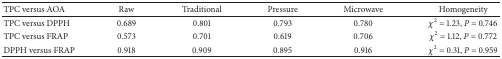
<table><thead><tr><td><b>TPC versus AOA</b></td><td><b>Raw</b></td><td><b>Traditional</b></td><td><b>Pressure</b></td><td><b>Microwave</b></td><td><b>Homogeneity</b></td></tr></thead><tbody><tr><td>TPC versus DPPH</td><td>0.689</td><td>0.801</td><td>0.793</td><td>0.780</td><td><i>χ</i><sup>2</sup> = 1.23, <i>P</i> = 0.746</td></tr><tr><td>TPC versus FRAP</td><td>0.573</td><td>0.701</td><td>0.619</td><td>0.706</td><td><i>χ</i><sup>2</sup> = 1.12, <i>P</i> = 0.772</td></tr><tr><td>DPPH versus FRAP</td><td>0.918</td><td>0.909</td><td>0.895</td><td>0.916</td><td><i>χ</i><sup>2</sup> = 0.31, <i>P</i> = 0.959</td></tr></tbody></table>